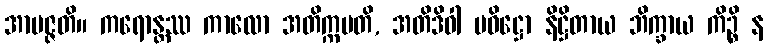
အာပဇ္ဇတိ။ ကရောန္တဿ ကာလော အတိက္ကမတိ, အတိဒိဝါ ပဝိဋ္ဌော နိဋ္ဌိတာယ ဘိက္ခာယ ကိဉ္စိ န